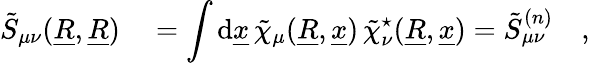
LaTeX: \begin{array}{rl}{\tilde{S}_{\mu\nu}(\underline{{R}},\underline{{R}})}&{{}=\displaystyle\int\mathrm{d}\underline{{x}}\, \tilde{\chi}_{\mu}(\underline{{R}},\underline{{x}})\, \tilde{\chi}_{\nu}^{\star}(\underline{{R}},\underline{{x}})=\tilde{S}_{\mu\nu}^{(n)}\quad,}\end{array}